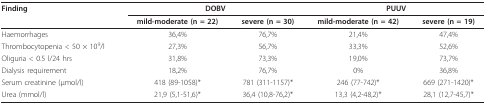
| Finding | <COLSPAN=2> DOBV | <COLSPAN=2> PUUV |
 |  | mild-moderate (n = 22) | severe (n = 30) | mild-moderate (n = 42) | severe (n = 19) |
 | --- | --- | --- | --- | --- |
 | Haemorrhages | 36,4% | 76,7% | 21,4% | 47,4% |
 | Thrombocytopenia < 50 × 109/l | 27,3% | 56,7% | 33,3% | 52,6% |
 | Oliguria < 0.5 l/24 hrs | 31,8% | 73,3% | 19,0% | 73,7% |
 | Dialysis requirement | 18,2% | 76,7% | 0% | 36,8% |
 | Serum creatinine (μmol/l) | 418 (89-1058)* | 781 (311-1157)* | 246 (77-742)* | 669 (271-1420)* |
 | Urea (mmol/l) | 21,9 (5,1-51,6)* | 36,4 (10,8-76,2)* | 13,3 (4,2-48,2)* | 28,1 (12,7-45,7)* |